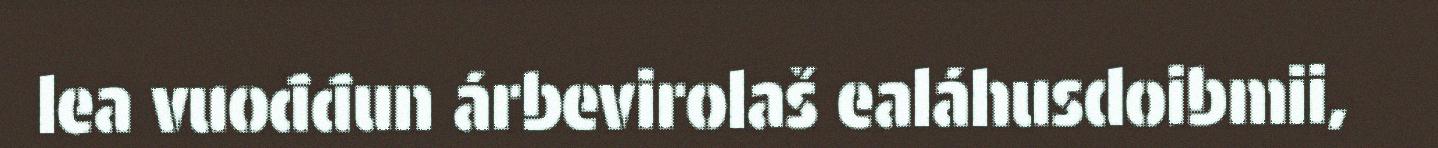
lea vuođđun árbevirolaš ealáhusdoibmii,